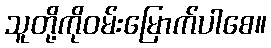
သူတို့ကိုဝမ်းမြောက်ပါစေ။